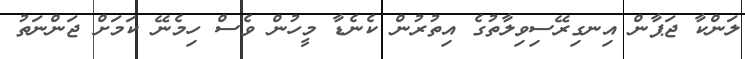
ލަންކާ ޖަޕާން އިނގިރޭސިވިލާތުގެ އިތުރުން ކެނެޑާ މީހުން ވެސް ހިމެނޭ ކަމަށް ޖަންނަތު